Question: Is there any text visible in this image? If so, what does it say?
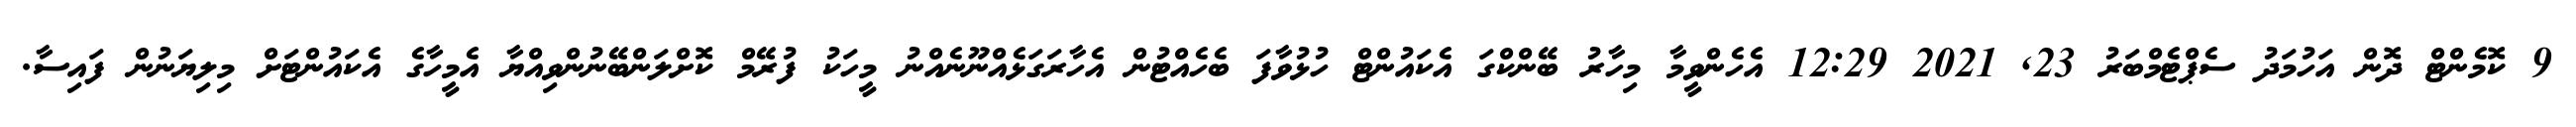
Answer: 9 ކޮމެންޓް ދޮން އަހުމަދު ސެޕްޓެމްބަރު 23, 2021 12:29 އެހެންވީމާ މިހާރު ބޭންކްގަ އެކައުންޓް ހުޅުވާފަ ބެހެއްޓުން އެހާރަގަޅެއްނޫނެއްނު މީހަކު ފުރޭމް ކޮށްލަންބޭނުންވިއްޔާ އެމީހާގެ އެކައުންޓަށް މިލިޔަނުން ފައިސާ.